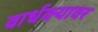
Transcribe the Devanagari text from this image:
वार्धक्यावर